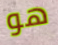
هو